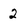
Character: 2